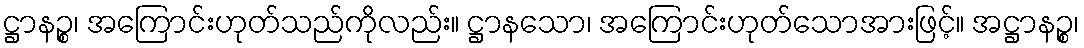
ဋ္ဌာနဉ္စ၊ အကြောင်းဟုတ်သည်ကိုလည်း။ ဋ္ဌာနသော၊ အကြောင်းဟုတ်သောအားဖြင့်။ အဋ္ဌာနဉ္စ၊